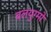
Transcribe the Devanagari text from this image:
बलयुग्मों